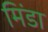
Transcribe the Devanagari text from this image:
मिंडा